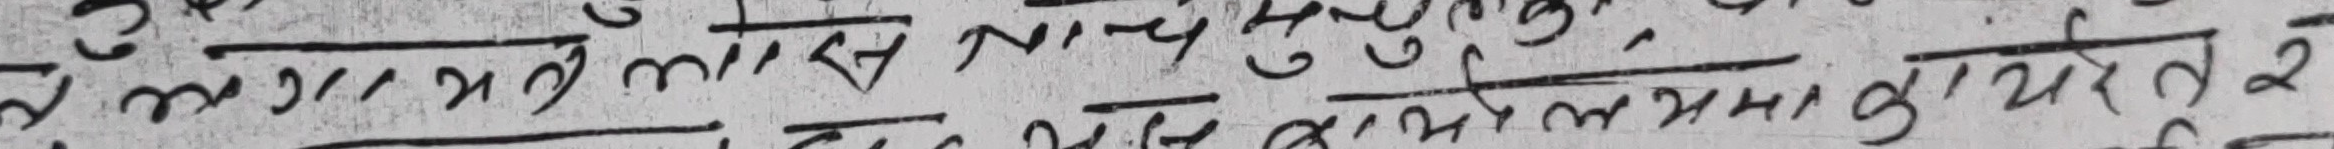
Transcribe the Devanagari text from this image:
ते ६ मृं लास १२४७ गु३१, मानभाथेरेत२